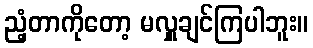
ညံ့တာကိုတော့ မလှူချင်ကြပါဘူး။